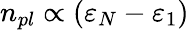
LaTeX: n_{pl}\propto(\varepsilon_{N}-\varepsilon_{1})